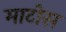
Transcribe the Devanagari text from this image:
माटोस